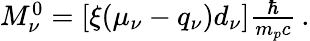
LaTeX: \begin{array}{r}{M_{\nu}^{0}=[\xi(\mu_{\nu}-q_{\nu})d_{\nu}]\frac{\hbar}{m_{p}c}\, .}\end{array}